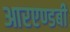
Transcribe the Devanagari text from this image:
आरएण्डबी